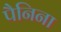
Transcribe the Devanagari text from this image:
पैनिना